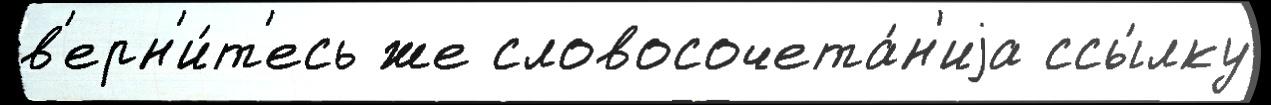
в'ерн'и́т'есь же словосочета́н'иjа ссы́лку